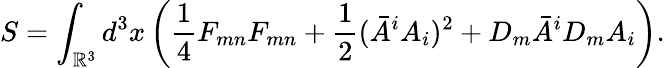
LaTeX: S=\int_{\mathbb{R}^{3}}d^{3}x\left(\frac{{1}}{{4}}F_{mn}F_{mn}+\frac{{1}}{{2}}({\bar{{A}}}^{i}A_{i})^{2}+D_{m}{\bar{{A}}}^{i}D_{m}A_{i}\right).